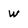
Character: w